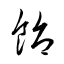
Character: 飴